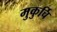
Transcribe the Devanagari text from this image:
मुकुर्चि